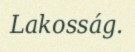
Lakosság.